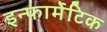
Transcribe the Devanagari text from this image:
इन्फार्मेटिक